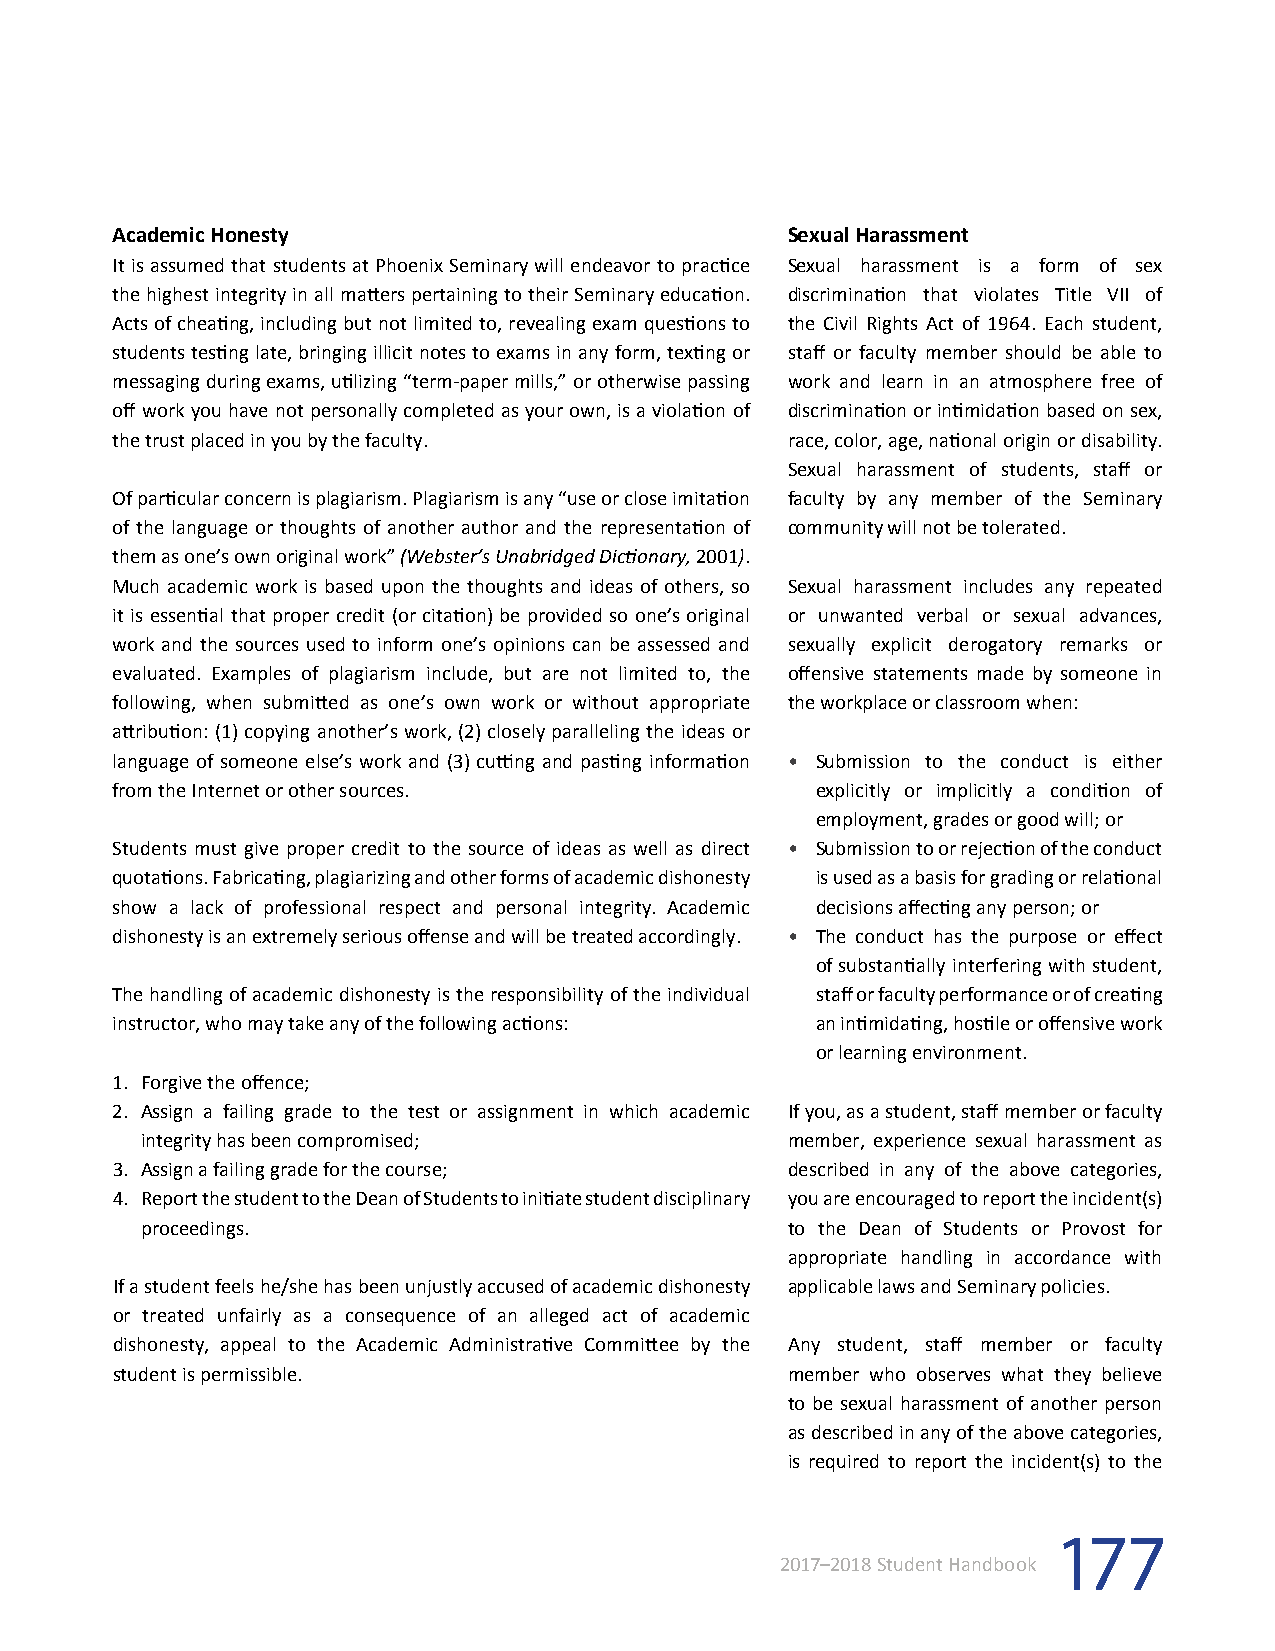
Academic Honesty                             Sexual Harassment
 It is assumed that students at Phoenix Seminary will endeavor to practice Sexual harassment is a form of sex
 the highest integrity in all matters pertaining to their Seminary education. discrimination that violates Title VII of
 Acts of cheating, including but not limited to, revealing exam questions to the Civil Rights Act of 1964. Each student,
 students testing late, bringing illicit notes to exams in any form, texting or staff or faculty member should be able to
 messaging during exams, utilizing “term-paper mills,” or otherwise passing work and learn in an atmosphere free of
 off work you have not personally completed as your own, is a violation of discrimination or intimidation based on sex,
 the trust placed in you by the faculty.      race, color, age, national origin or disability.
 Sexual harassment of students, staff or
 Of particular concern is plagiarism. Plagiarism is any “use or close imitation faculty by any member of the Seminary
 of the language or thoughts of another author and the representation of community will not be tolerated.
 them as one’s own original work” (Webster’s Unabridged Dictionary, 2001).
 Much academic work is based upon the thoughts and ideas of others, so Sexual harassment includes any repeated
 it is essential that proper credit (or citation) be provided so one’s original or unwanted verbal or sexual advances,
 work and the sources used to inform one’s opinions can be assessed and sexually explicit derogatory remarks or
 evaluated. Examples of plagiarism include, but are not limited to, the offensive statements made by someone in
 following, when submitted as one’s own work or without appropriate the workplace or classroom when:
 attribution: (1) copying another’s work, (2) closely paralleling the ideas or
 language of someone else’s work and (3) cutting and pasting information • Submission to the conduct is either
 from the Internet or other sources.            explicitly or implicitly a condition of
 employment, grades or good will; or
 Students must give proper credit to the source of ideas as well as direct • Submission to or rejection of the conduct
 quotations. Fabricating, plagiarizing and other forms of academic dishonesty is used as a basis for grading or relational
 show a lack of professional respect and personal integrity. Academic decisions affecting any person; or
 dishonesty is an extremely serious offense and will be treated accordingly. • The conduct has the purpose or effect
 of substantially interfering with student,
 The handling of academic dishonesty is the responsibility of the individual staff or faculty performance or of creating
 instructor, who may take any of the following actions: an intimidating, hostile or offensive work
 or learning environment.
 1. Forgive the offence;
 2. Assign a failing grade to the test or assignment in which academic If you, as a student, staff member or faculty
 integrity has been compromised;            member, experience sexual harassment as
 3. Assign a failing grade for the course;    described in any of the above categories,
 4. Report the student to the Dean of Students to initiate student disciplinary you are encouraged to report the incident(s)
 proceedings.                               to the Dean of Students or Provost for
 appropriate handling in accordance with
 If a student feels he/she has been unjustly accused of academic dishonesty applicable laws and Seminary policies.
 or treated unfairly as a consequence of an alleged act of academic
 dishonesty, appeal to the Academic Administrative Committee by the Any student, staff member or faculty
 student is permissible.                      member who observes what they believe
 to be sexual harassment of another person
 as described in any of the above categories,
 is required to report the incident(s) to the
 177
 2017–2018 Student Handbook